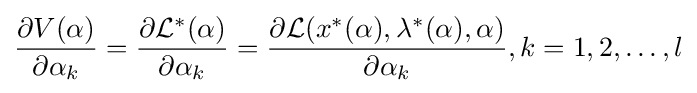
{\frac {\partial V(\alpha )}{\partial \alpha _{k}}}={\frac {\partial {\mathcal {L}}^{\ast }(\alpha )}{\partial \alpha _{k}}}={\frac {\partial {\mathcal {L}}(x^{\ast }(\alpha ),\lambda ^{\ast }(\alpha ),\alpha )}{\partial \alpha _{k}}},k=1,2,\ldots ,l